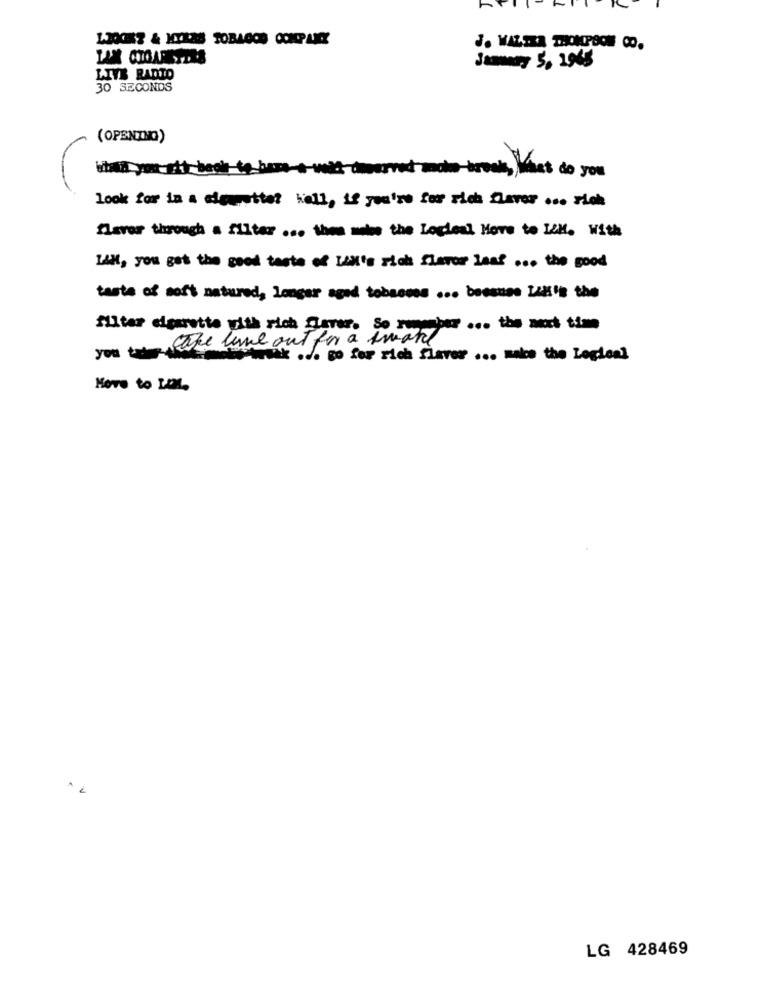
LAX CIGARETES
Jammers 50 2965
LIVE RADTO
30 SECONDS
(OPENING)
this you att book to base-t will deserved ando-brook,wast do you
look for in a ciouetter Well, if you're for rich flaver ... rick
flavor through a filter ... then met the Locleal Hove to ICH. With
LAH, you got the good taste of LAN's rich flavor leaf ... the good
taste of soft natured, longer aged tobaccos ... because LIH's the
filter cigarette with rich garer. So remember ... the next time
son tum care line out for a small
Wak ... go for rich flaver ... make the Logieal
Hove to LDM.
LG 428469